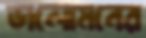
ভালোমনের